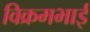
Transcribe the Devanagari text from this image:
विक्रमभाई